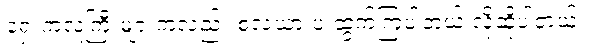
ရှေးကလူကြီးများကလည်း စလယားပဲ ထွက်ကြပါတယ် လို့ဆိုပါတယ်။